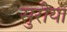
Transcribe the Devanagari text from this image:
सुरीया